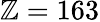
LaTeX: \mathbb{Z}=163